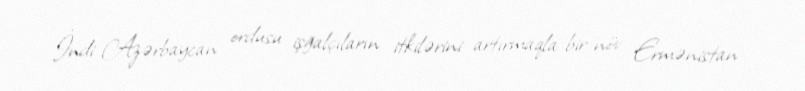
İndi Azərbaycan ordusu işğalçıların itkilərini artırmaqla bir növ Ermənistan